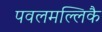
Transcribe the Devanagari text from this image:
पवलमल्लिकै